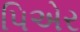
પિએર